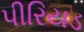
પીરિયડ